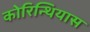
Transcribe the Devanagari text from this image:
कोरिन्थियास